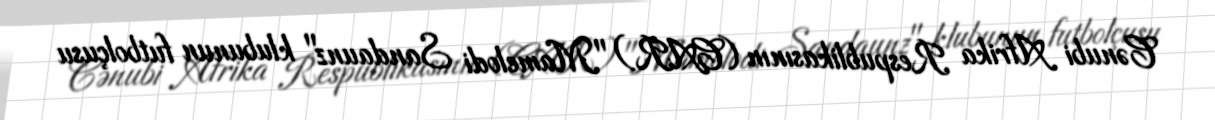
Cənubi Afrika Respublikasının (CAR) "Mamelodi Sandaunz" klubunun futbolçusu